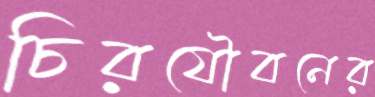
চিরযৌবনের